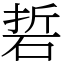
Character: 硩